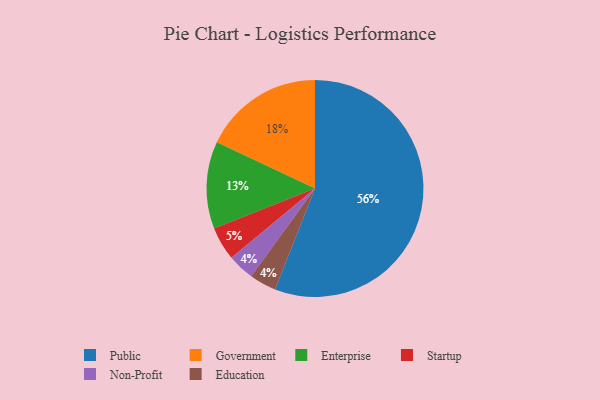
{"axis": {"x": "Category", "y": "Percentage"}, "legend": ["Education", "Enterprise", "Government", "Non-Profit", "Public", "Startup"], "data": [{"x": "Startup", "y": 5, "type": "Startup"}, {"x": "Public", "y": 56, "type": "Public"}, {"x": "Enterprise", "y": 13, "type": "Enterprise"}, {"x": "Non-Profit", "y": 4, "type": "Non-Profit"}, {"x": "Education", "y": 4, "type": "Education"}, {"x": "Government", "y": 18, "type": "Government"}]}